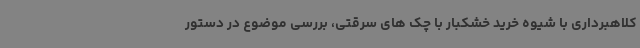
کلاهبرداری با شیوه خرید خشکبار با چک های سرقتی، بررسی موضوع در دستور